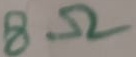
Text: 8Ω